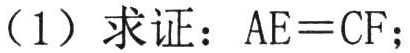
（1）求证：\(AE = CF\)；